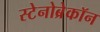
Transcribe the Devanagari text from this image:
स्टेनोब्रेकॉन